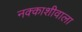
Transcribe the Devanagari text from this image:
नक्काशीवाला